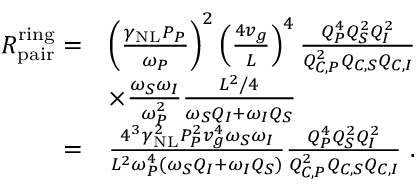
\begin{array} { r l } { R _ { \mathrm { p a i r } } ^ { \mathrm { r i n g } } = } & { \left( \frac { \gamma _ { \mathrm { N L } } P _ { P } } { \omega _ { P } } \right) ^ { 2 } \left( \frac { 4 v _ { g } } { L } \right) ^ { 4 } \frac { Q _ { P } ^ { 4 } Q _ { S } ^ { 2 } Q _ { I } ^ { 2 } } { Q _ { C , P } ^ { 2 } Q _ { C , S } Q _ { C , I } } } \\ & { \times \frac { \omega _ { S } \omega _ { I } } { \omega _ { P } ^ { 2 } } \frac { L ^ { 2 } / 4 } { \omega _ { S } Q _ { I } + \omega _ { I } Q _ { S } } } \\ { = } & { \frac { 4 ^ { 3 } \gamma _ { \mathrm { N L } } ^ { 2 } P _ { P } ^ { 2 } v _ { g } ^ { 4 } \omega _ { S } \omega _ { I } } { L ^ { 2 } \omega _ { P } ^ { 4 } \left( \omega _ { S } Q _ { I } + \omega _ { I } Q _ { S } \right) } \frac { Q _ { P } ^ { 4 } Q _ { S } ^ { 2 } Q _ { I } ^ { 2 } } { Q _ { C , P } ^ { 2 } Q _ { C , S } Q _ { C , I } } \ . } \end{array}